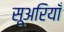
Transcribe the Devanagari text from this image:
सूअरियाँ